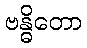
ဗန္ဓိတော